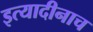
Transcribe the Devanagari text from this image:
इत्यादीनाच